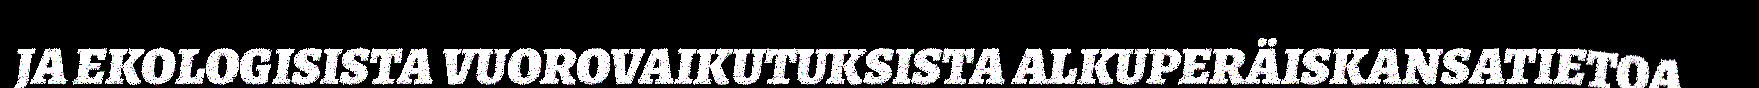
JA EKOLOGISISTA VUOROVAIKUTUKSISTA ALKUPERÄISKANSATIETOA